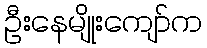
ဦးနေမျိုးကျော်က